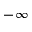
- \infty